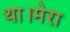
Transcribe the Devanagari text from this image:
था।मेरा